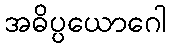
အဓိပ္ပယောဂေါ